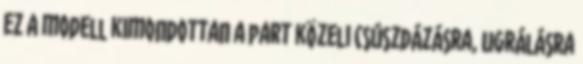
ez a modell kimondottan a part közeli csúszdázásra, ugrálásra